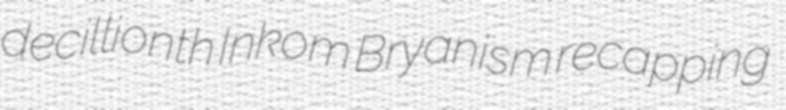
decillionth Inkom Bryanism recapping